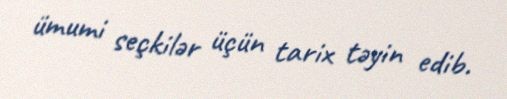
ümumi seçkilər üçün tarix təyin edib.